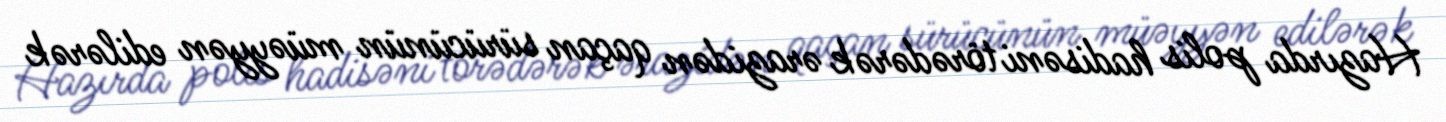
Hazırda polis hadisəni törədərək ərazidən qaçan sürücünün müəyyən edilərək